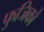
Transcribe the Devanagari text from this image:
फुजिको